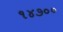
૧૪૭૦૦